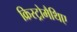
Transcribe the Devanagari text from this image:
क्रिस्ट्रोमैथिए